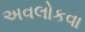
અવલોકવા